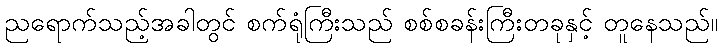
ညရောက်သည့်အခါတွင် စက်ရုံကြီးသည် စစ်စခန်းကြီးတခုနှင့် တူနေသည်။